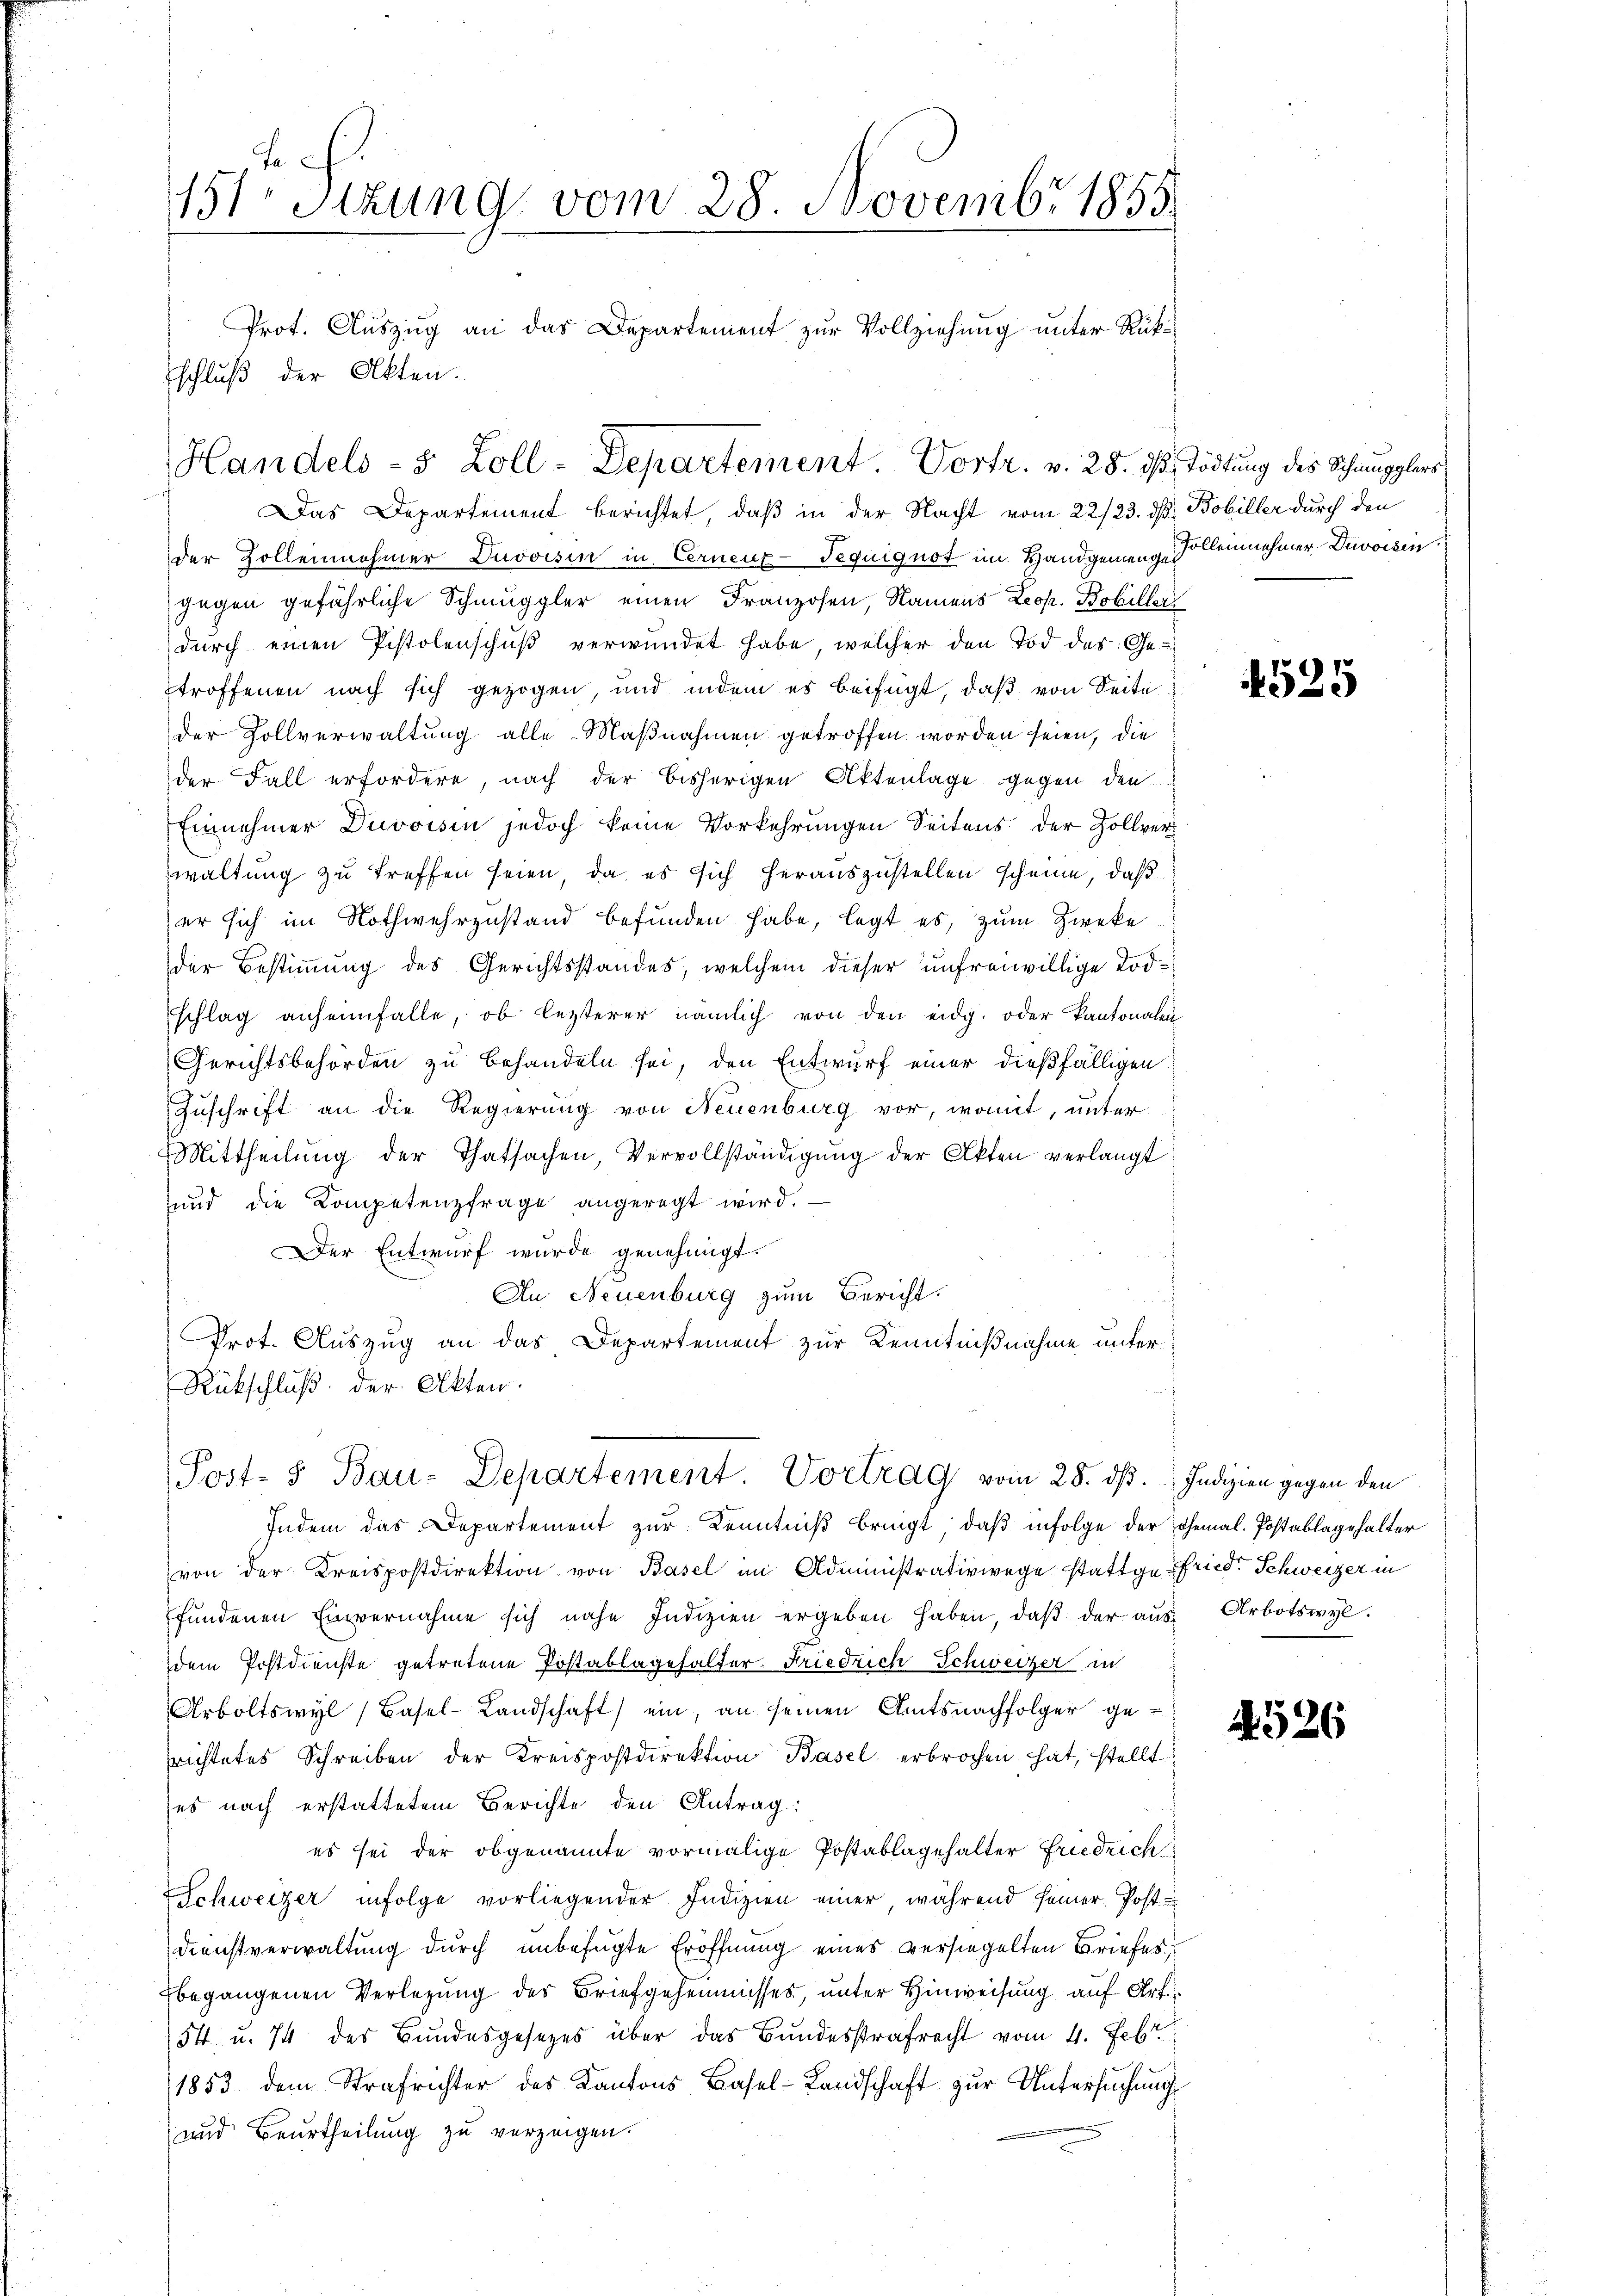
15ten Sizung vom 28. Novembr 1855
Prot. Auszug an das Departement zur Vollziehung unter Rükschluß der Akten.

Handels- 5 Zoll-Departement. Vortr. v. 28. ds. Tödtung des Schmugglers
Das Departement berichtet, daß in der Nacht vom 22/23. ds. Bobiller durch den

Post- 5 Bau-Departement. Vortrag vom 28. ds. Indizien gegen den

der Zollennehmer Duvoisin in Cernenz-Tequiguot im Handgemeinge Follennehmer Divoisin
gegen gefährliche Schmuggler einen Franzosen, Namens Leop. Bobiller
durch einen Pistolenschuß verwundet habe, welcher den Tod des Getroffenen nach sich gezogen, und indem es beifügt, daß von Seite
der Zollverwaltung alle Maßnahmen getroffen worden seien, die
der Fall erfordere, nach der bisherigen Aktenlage gegen den
Einnehmer Davoisin jedoch keine Vorkehrungen Seitens der Zollverwaltung zu treffen seien, da es sich herauszustellen scheine, daß
er sich im Nothwehrzustand befunden habe, legt es, zum Zweke
der Bestimmung des Gerichtsstandes, welchem dieser unfreiwillige Todschlag anheimfalle, ob lezterer nämlich von den eidg. oder Kantonalen
Gerichtsbehörden zu behandeln sei, den Entwurf einer dießfälligen
Zuschrift an die Regierung von Neuenburg vor, womit, unter
Mittheilung der Thatsachen, Vervollständigung der Akten verlangt
und die Kompetenzfrage angeregt wird.
Der Entwurf wurde genehmigt.
An Neuenburg zum Bericht.
Prot. Auszug an das Departement zur Kenntnißnahme unter¬
Rückschluß der Akten.

Indem das Departement zur Kenntniß bringt, daß infolge der Johemal. Postablagehalter
von der Kreispostdirektion von Basel im Administrativwege stattgefried. Schweizer in
fŭndenen Einvernahme sich nahe Indizien ergeben haben, daβ der aŭs Arbotswyl.
dem Postdienste getretene Postablagehalter. Friedrich Schweizer in
Arboltswyl, Basel-Landschaft) ein, an seinen Amtsnachfolger gerichtetes Schreiben der Kreispostdirektion Basel erbrochen hat, stellt
ses nach erstattetem Berichte den Antrag:
es sei der obgenannte vormalige Postablagehalter Friedrich
Schweizer infolge vorliegender Indizien einer, während seiner Post¬
Dienstverwaltung durch unbefugte Eröffnung eines versiegelten Briefes
begangenen Verlegung des Briefgeheimisses, unter Hinweisung auf Art.
54 u. 74 des Bundesgesetzes über das Bundesstrafrecht vom 4. Febr
1853 dem Strafrichter des Kantons Basel-Landschaft zur Untersuchung
und Beurtheilung zu verzeigen.

4525

4526